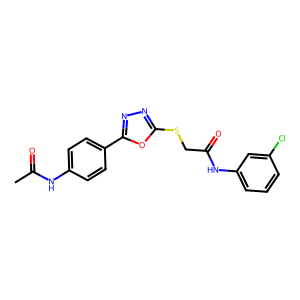
SMILES: CC(=O)Nc1ccc(-c2nnc(SCC(=O)Nc3cccc(Cl)c3)o2)cc1
Inhibits HIV replication: No